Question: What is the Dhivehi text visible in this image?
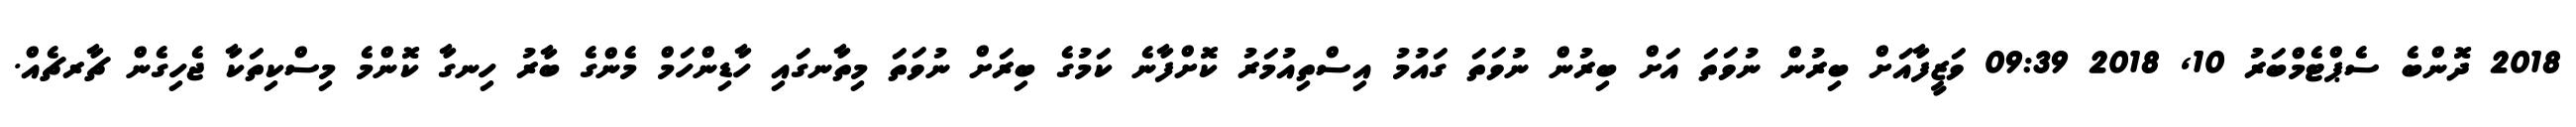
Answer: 2018 ދޮންބެ ސެޕްޓެމްބަރު 10, 2018 09:39 ވަޒީފާއަށް ބިރުން ނުވަތަ އަށް ބިރުން ނުވަތަ ގައުމު އިސްތިއުމަރު ކޮށްފާނެ ކަމުގެ ބިރަށް ނުވަތަ މިތާނގައި ހާޑިންހަމް މެންގެ ބާރު ހިނގާ ކޮންމެ މިސްކިތަކާ ޖެހިގެން ޗާރޗެއް.